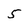
Character: 5